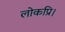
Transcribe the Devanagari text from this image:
लोकप्रि।